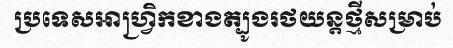
ប្រទេសអាហ្វ្រិកខាងត្បូងរថយន្តថ្មីសម្រាប់